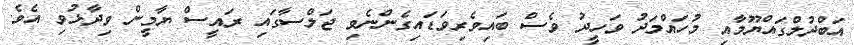
އަބްދުލްގައްޔޫމާއި މުހައްމަދު ވަހީދު ވެސް ބައިވެރިވަޑައިގެންނެވި ޖަލްސާގައި ރައީސް ޔާމީން ވިދާޅުވި އެވެ.